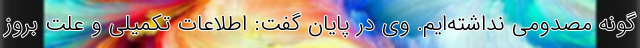
گونه مصدومی نداشته‌ایم. وی در پایان گفت: اطلاعات تکمیلی و علت بروز